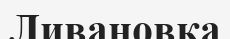
Ливановка